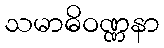
သမာဓိဝဏ္ဏနာ